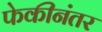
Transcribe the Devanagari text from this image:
फेकीनंतर